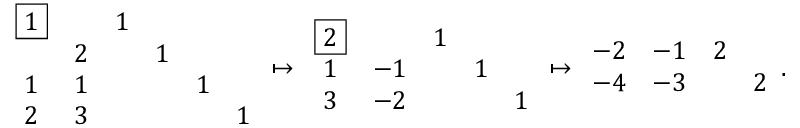
\begin{array} { r } { \begin{array} { c c c c c c } { \boxed { 1 } } & & { 1 } & & & \\ & { 2 } & & { 1 } & & \\ { 1 } & { 1 } & & & { 1 } & \\ { 2 } & { 3 } & & & & { 1 } \end{array} \mapsto \begin{array} { c c c c c } { \boxed { 2 } } & & { 1 } & & \\ { 1 } & { - 1 } & & { 1 } & \\ { 3 } & { - 2 } & & & { 1 } \end{array} \mapsto \begin{array} { c c c c } { - 2 } & { - 1 } & { 2 } & \\ { - 4 } & { - 3 } & & { 2 } \end{array} . } \end{array}